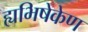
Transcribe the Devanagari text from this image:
ह्यभिषेकेण